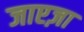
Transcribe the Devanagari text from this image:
जाएज़ा